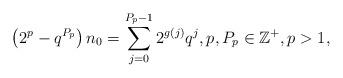
LaTeX: \begin{align*}\left(2^p - q^{P_p}\right)n_0 = \sum_{j=0}^{P_p-1} 2^{g(j)}q^j, p, P_p \in \mathbb Z^{+}, p >1,\end{align*}